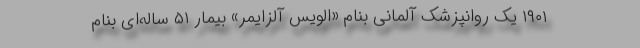
۱۹۰۱ یک روانپزشک آلمانی بنام «الویس آلزایمر» بیمار ۵۱ ساله‌ای بنام